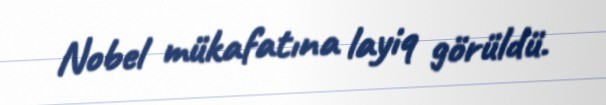
Nobel mükafatına layiq görüldü.